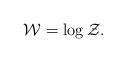
LaTeX: \begin{align*}\mathcal{W}=\log\mathcal{Z}.\end{align*}